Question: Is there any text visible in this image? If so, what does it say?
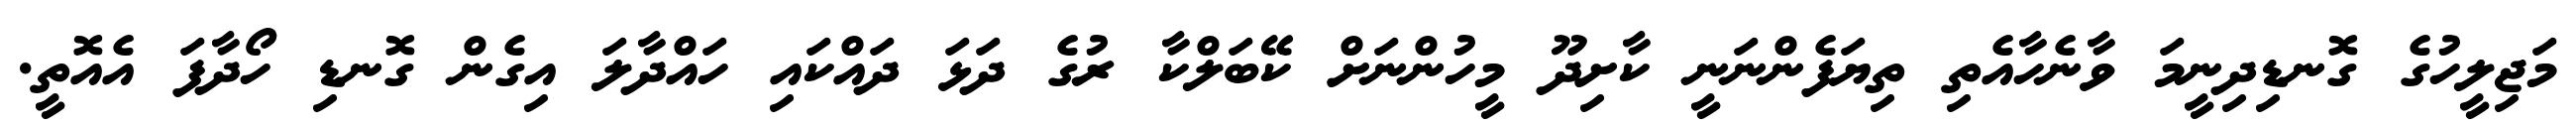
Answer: މަޖިލީހުގެ ގޮނޑިދިނީމަ ވާނެހާއެތި ތިޔަފެންނަނީ ކާށިދޫ މީހުންނަށް ކޭބަލްކާ ރުގެ ދަޅަ ދައްކައި ހައްދާލަ އިގެން ގޮނޑި ހޯދާފަ އެއޮތީ.